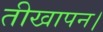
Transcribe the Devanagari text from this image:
तीखापन।